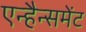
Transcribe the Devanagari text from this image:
एन्हैन्समेंट